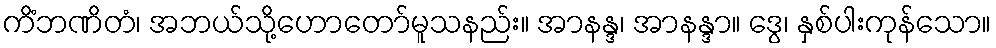
ကိံဘဏိတံ၊ အဘယ်သို့ဟောတော်မူသနည်း။ အာနန္ဒ၊ အာနန္ဒာ။ ဒွေ၊ နှစ်ပါးကုန်သော။